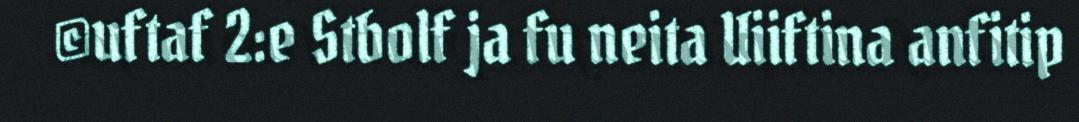
©uftaf 2:e Stbolf ja fu neita Uiiftina anfitip